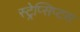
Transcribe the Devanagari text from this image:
स्ट्रेप्सिप्टस